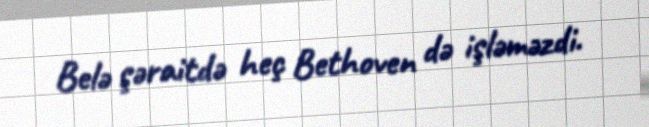
Belə şəraitdə heç Bethoven də işləməzdi.